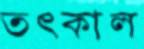
তৎকাল